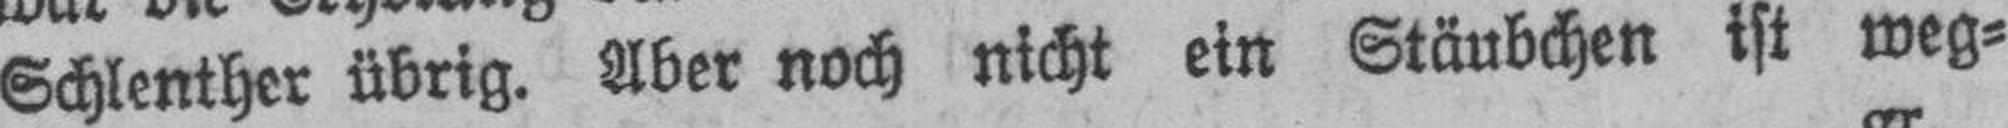
Schlenther übrig. Aber noch nicht ein Stäubchen ist weg¬